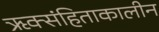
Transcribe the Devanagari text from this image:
ऋक्संहिताकालीन